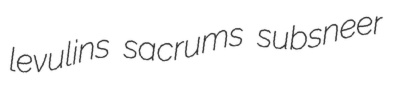
levulins sacrums subsneer